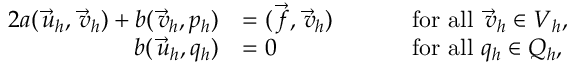
\begin{array} { r l r l } { { 2 } a ( \vec { \, u } _ { h } , \vec { \, v } _ { h } ) + b ( \vec { \, v } _ { h } , p _ { h } ) } & { = ( \vec { \, f } , \vec { \, v } _ { h } ) } & { \quad } & { \mathrm { ~ f o r ~ a l l ~ } \vec { \, v } _ { h } \in \boldsymbol { V } _ { h } , } \\ { b ( \vec { \, u } _ { h } , q _ { h } ) } & { = 0 } & { \quad } & { \mathrm { ~ f o r ~ a l l ~ } q _ { h } \in Q _ { h } , } \end{array}